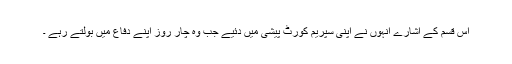
اس قسم کے اشارے اُنہوں نے اپنی سپریم کورٹ پیشی میں دئیے جب وہ چار روز اپنے دفاع میں بولتے رہے ۔